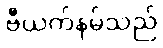
ဗီယက်နမ်သည်